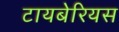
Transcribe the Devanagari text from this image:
टायबेरियस